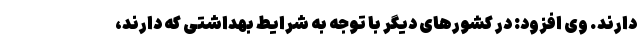
دارند. وی افزود: در کشورهای دیگر با توجه به شرایط بهداشتی که دارند،